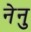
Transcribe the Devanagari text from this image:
नेनु